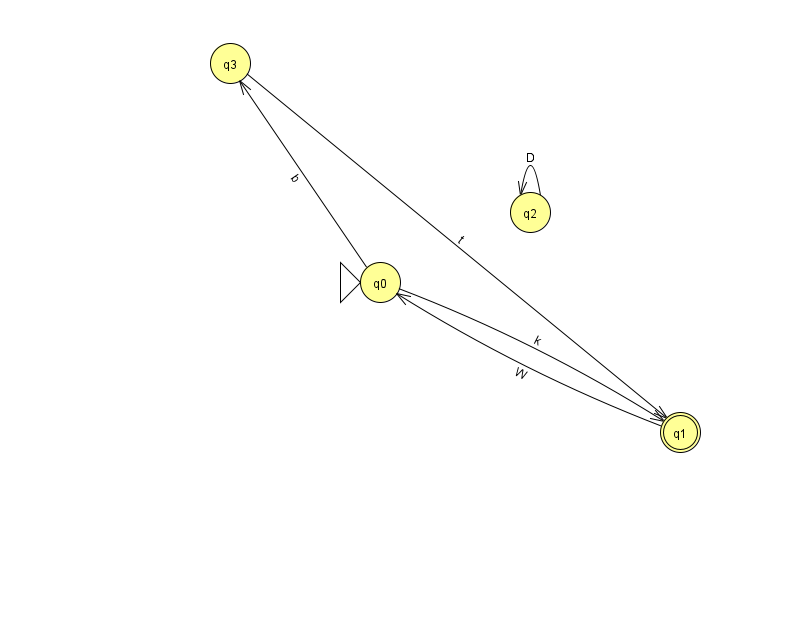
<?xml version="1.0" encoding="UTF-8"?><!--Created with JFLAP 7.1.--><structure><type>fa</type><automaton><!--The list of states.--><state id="0" name="q0"><x>380.0</x><y>269.0</y><initial/></state><state id="1" name="q1"><x>680.0</x><y>419.0</y><final/></state><state id="2" name="q2"><x>530.0</x><y>199.0</y></state><state id="3" name="q3"><x>230.0</x><y>50.0</y></state><!--The list of transitions.--><transition><from>1</from><to>0</to><read>W</read></transition><transition><from>2</from><to>2</to><read>D</read></transition><transition><from>0</from><to>3</to><read>b</read></transition><transition><from>3</from><to>1</to><read>t</read></transition><transition><from>0</from><to>1</to><read>k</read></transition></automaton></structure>